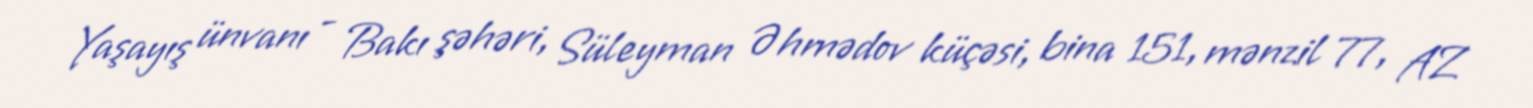
Yaşayış ünvanı - Bakı şəhəri, Süleyman Əhmədov küçəsi, bina 151, mənzil 77, AZ